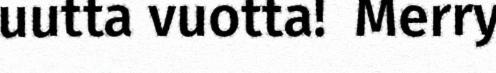
uutta vuotta! ​ Merry